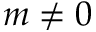
m \neq 0